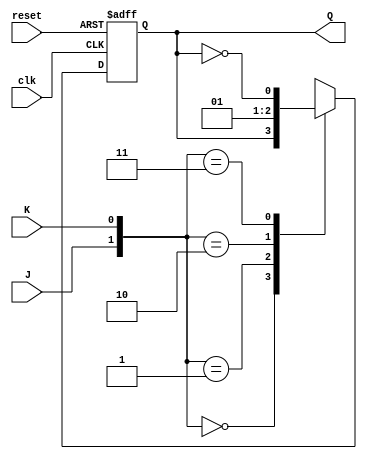
module neg_edge_JK_flipflop (
    input J,
    input K,
    input clk,
    input reset,
    output reg Q
);

always @(negedge clk or posedge reset)
begin
    if (reset)
        Q <= 1'b0;
    else if (!clk)
    begin
        case ({J, K})
            2'b00: Q <= Q;
            2'b01: Q <= 1'b0;
            2'b10: Q <= 1'b1;
            2'b11: Q <= ~Q;
        endcase
    end
end

endmodule